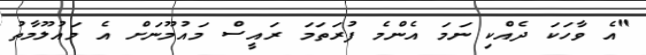
"އެ ވާހަކަ ދެއްކި ނަމަ އެންމެ ފުރަތަމަ ރައީސް މައުމޫނަށް އެ މައުލޫމާތު